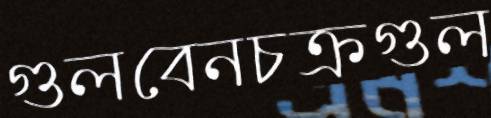
গুলবেনচক্রগুল